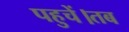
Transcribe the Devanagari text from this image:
पहुचें।तब